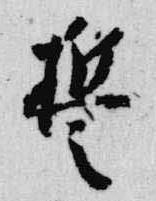
誓